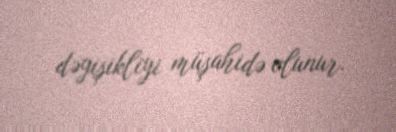
dəyişikliyi müşahidə olunur.